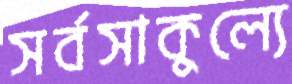
সর্বসাকুল্যে